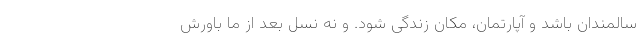
سالمندان باشد و آپارتمان، مکان زندگی شود. و نه نسل بعد از ما باورش